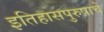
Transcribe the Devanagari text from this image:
इतिहासपुरुषाचे